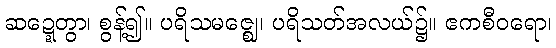
ဆဍ္ဍေတွာ၊ စွန့်၍။ ပရိသမဇ္ဈေ၊ ပရိသတ်အလယ်၌။ ဧကစီဝရော၊